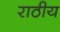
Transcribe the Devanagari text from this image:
राठीय